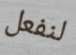
لنفعل